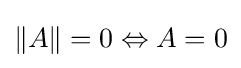
\|A\|=0\Leftrightarrow A=0